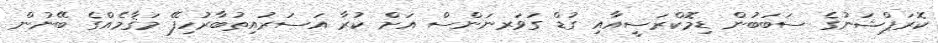
ކޮރަޕްޝަނުގެ ސަބަބުން ޑިމޮކްރަސީއާއި ގުޑް ގަވަރނަންސް އަށް ކުރާ އަސަރުއިތުބާރުހިފޭ މަޤާމެއްގެ ބޭނުން